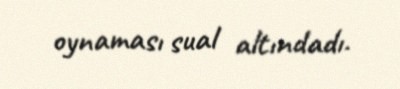
oynaması sual altındadı.